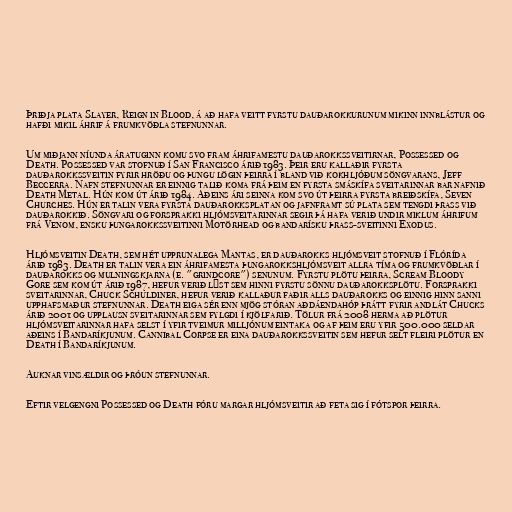
Þriðja plata Slayer, Reign in Blood, á að hafa veitt fyrstu dauðarokkurunum mikinn innblástur og
hafði mikil áhrif á frumkvöðla stefnunnar.

Um miðjann níunda áratuginn komu svo fram áhrifamestu dauðarokkssveitirnar, Possessed og
Death. Possessed var stofnuð í San Francisco árið 1983. Þeir eru kallaðir fyrsta
dauðarokkssveitin fyrir hröðu og þungu lögin þeirra í bland við kokhljóðum söngvarans, Jeff
Beccerra. Nafn stefnunnar er einnig talið koma frá þeim en fyrsta smáskífa sveitarinnar bar nafnið
Death Metal. Hún kom út árið 1984. Aðeins ári seinna kom svo út þeirra fyrsta breiðskífa, Seven
Churches. Hún er talin vera fyrsta dauðarokksplatan og jafnframt sú plata sem tengdi þrass við
dauðarokkið. Söngvari og forsprakki hljómsveitarinnar segir þá hafa verið undir miklum áhrifum
frá Venom, ensku þungarokkssveitinni Motörhead og bandarísku þrass-sveitinni Exodus.

Hljómsveitin Death, sem hét upprunalega Mantas, er dauðarokks hljómsveit stofnuð í Flórída
árið 1983. Death er talin vera ein áhrifamesta þungarokkshljómsveit allra tíma og frumkvöðlar í
dauðarokks og mulningskjarna (e. "grindcore") senunum. Fyrstu plötu þeirra, Scream Bloody
Gore sem kom út árið 1987, hefur verið lýst sem hinni fyrstu sönnu dauðarokksplötu. Forsprakki
sveitarinnar, Chuck Schuldiner, hefur verið kallaður faðir alls dauðarokks og einnig hinn sanni
upphafsmaður stefnunnar. Death eiga sér enn mjög stóran aðdáendahóp þrátt fyrir andlát Chucks
árið 2001 og upplausn sveitarinnar sem fylgdi í kjölfarið. Tölur frá 2008 herma að plötur
hljómsveitarinnar hafa selst í yfir tveimur milljónum eintaka og af þeim eru yfir 500.000 seldar
aðeins í Bandaríkjunum. Cannibal Corpse er eina dauðarokkssveitin sem hefur selt fleiri plötur en
Death í Bandaríkjunum.

Auknar vinsældir og þróun stefnunnar.

Eftir velgengni Possessed og Death fóru margar hljómsveitir að feta sig í fótspor þeirra.